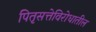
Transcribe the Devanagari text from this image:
पितृसत्तेविरोधातील